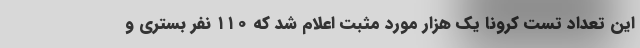
این تعداد تست کرونا یک هزار مورد مثبت اعلام شد که ۱۱۰ نفر بستری و